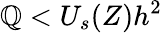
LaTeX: \mathbb{Q}<U_{s}(Z)h^{2}